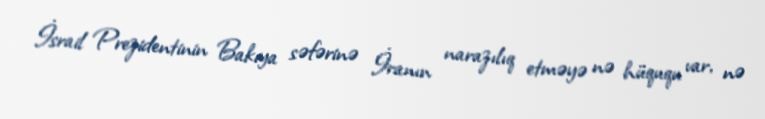
İsrail Prezidentinin Bakıya səfərinə İranın narazılıq etməyə nə hüququ var, nə